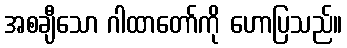
အစချီသော ဂါထာတော်ကို ဟောပြသည်။